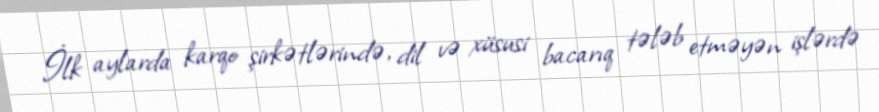
İlk aylarda karqo şirkətlərində, dil və xüsusi bacarıq tələb etməyən işlərdə